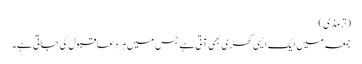
(ترمذی)
جمعہ میں ایک ایسی گھڑی بھی آتی ہے جس میں ہر دعاقبول کی جاتی ہے۔